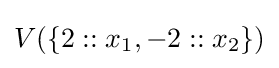
V(\{2::x_{1},-2::x_{2}\})